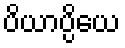
ပိယာပ္ပိယေ